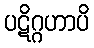
ပဋိဂ္ဂဟာပိ